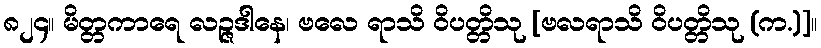
၈၂၄။ မိတ္တကာရေ လဉ္ဇဒါနေ၊ ဗလေ ရာသိ ဝိပတ္တိသု [ဗလရာသိ ဝိပတ္တိသု (က.)]။